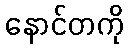
နောင်တကို